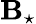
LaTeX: \mathbf{B}_{\star}